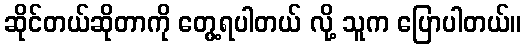
ဆိုင်တယ်ဆိုတာကို တွေ့ရပါတယ် လို့ သူက ပြောပါတယ်။